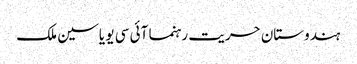
ہندوستان حریت رہنما آئی سی یو یاسین ملک